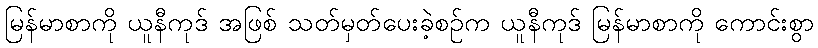
မြန်မာစာကို ယူနီကုဒ် အဖြစ် သတ်မှတ်ပေးခဲ့စဉ်က ယူနီကုဒ် မြန်မာစာကို ကောင်းစွာ